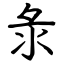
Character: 彔